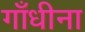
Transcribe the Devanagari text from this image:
गाँधीना